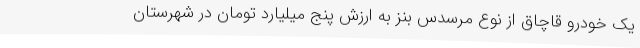
یک خودرو قاچاق از نوع مرسدس بنز به ارزش پنج میلیارد تومان در شهرستان